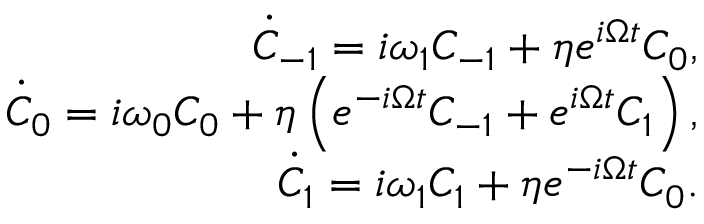
\begin{array} { r l r } & { } & { \dot { C } _ { - 1 } = i \omega _ { 1 } C _ { - 1 } + \eta e ^ { i \Omega t } C _ { 0 } , } \\ & { } & { \dot { C } _ { 0 } = i \omega _ { 0 } C _ { 0 } + \eta \left( e ^ { - i \Omega t } C _ { - 1 } + e ^ { i \Omega t } C _ { 1 } \right) , } \\ & { } & { \dot { C } _ { 1 } = i \omega _ { 1 } C _ { 1 } + \eta e ^ { - i \Omega t } C _ { 0 } . } \end{array}